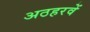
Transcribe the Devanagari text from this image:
अठहरवें